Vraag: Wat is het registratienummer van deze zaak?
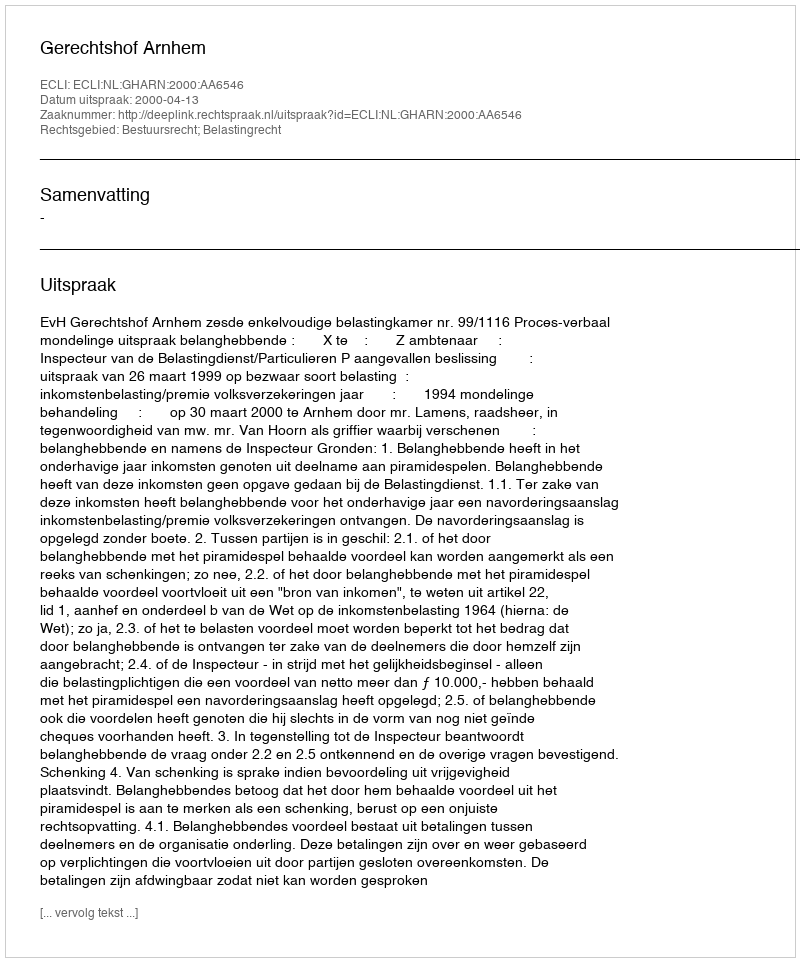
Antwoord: http://deeplink.rechtspraak.nl/uitspraak?id=ECLI:NL:GHARN:2000:AA6546